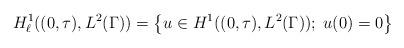
LaTeX: \begin{align*}H^1_\ell ((0,\tau), L^2(\Gamma )) = \left\{u \in H^1((0,\tau), L^2(\Gamma )); \; u(0) = 0 \right\}\end{align*}